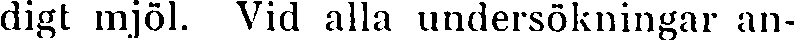
digt mjöl. Vid alla undersökningar an-